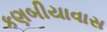
કણબીયાવાસ